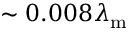
\sim 0 . 0 0 8 \lambda _ { \mathrm { m } }